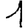
Digit: 1